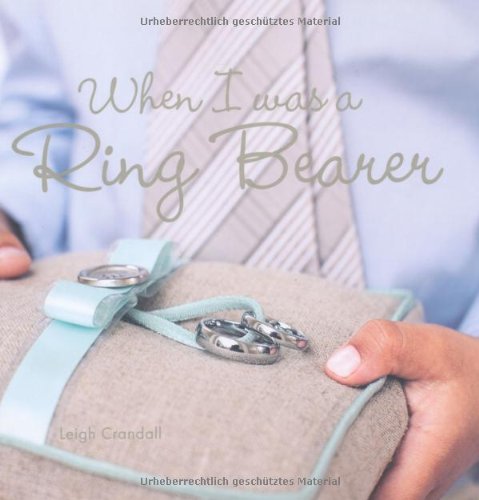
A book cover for When I Was a Ring Bearer; Leigh Crandall; Crafts, Hobbies & Home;